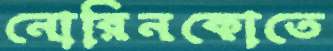
নোরিনকোতে